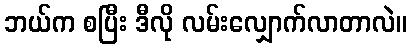
ဘယ်က စပြီး ဒီလို လမ်းလျှောက်လာတာလဲ။